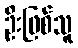
ဦးဖြစ်သူ